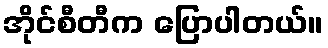
အိုင်စီတီက ပြောပါတယ်။